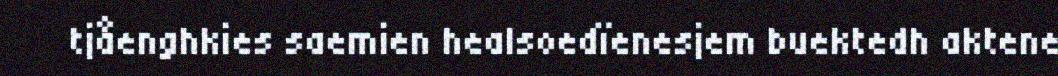
tjåenghkies saemien healsoedïenesjem buektedh aktene